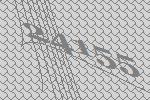
24155